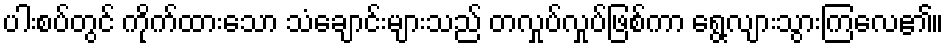
ပါးစပ်တွင် ကိုက်ထားသော သံချောင်းများသည် တလှုပ်လှုပ်ဖြစ်ကာ ရွေ့လျားသွားကြလေ၏။